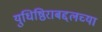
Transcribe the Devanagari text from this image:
युधिष्ठिराबद्दलच्या